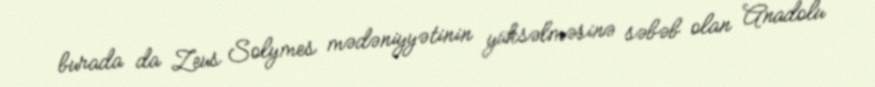
burada da Zeus Solymes mədəniyyətinin yüksəlməsinə səbəb olan Anadolu